Leaving Certificate Examination (including Day School Certificate (Higher) General paper), 1928
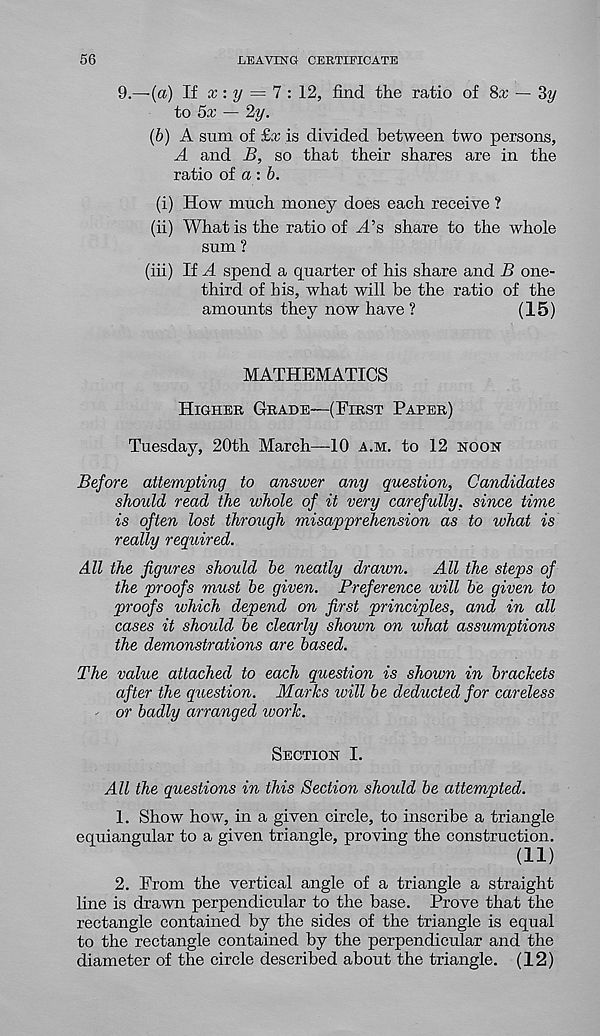
56
LEAVING CERTIFICATE
9.—(a) If x: y = 1: \2, find the ratio of 8:r — Zy
to 5x — 2y.
(b) A sum of £x is divided between two persons,
A and B, so that their shares are in the
ratio of a : 6.
(i) How much money does each receive ?
(ii) What is the ratio of A’s share to the whole
sum ?
(hi) If A spend a quarter of his share and B one-
third of his, what will be the ratio of the
amounts they now have ?
(15)
MATHEMATICS
Higher Grade—(First Paper)
Tuesday, 20th March—10 a.m. to 12 noon
Before attempting to answer any question, Candidates
shoidd read the whole of it very carefully, since time
is often lost through misapprehension as to what is
really required.
All the figures should be neatly drawn.
All the steps of
the proofs must be given. Preference will be given to
proofs which depend on first principles, and in all
cases it should be clearly shown on what assumptions
the demonstrations are based.
The value attached to each question is shown in brackets
after the question. Marks will be deducted for careless
- or badly arranged work.
Section I.
All the questions in this Section should be attempted.
1. Show how, in a given circle, to inscribe a triangle
equiangular to a given triangle, proving the construction.
(ID
2. From the vertical angle of a triangle a straight
line is drawn perpendicular to the base. Prove that the
rectangle contained by the sides of the triangle is equal
to the rectangle contained by the perpendicular and the
diameter of the circle described about the triangle. (12)